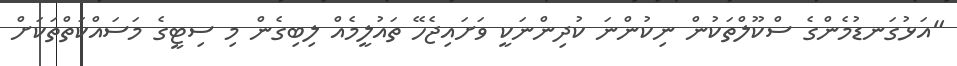
"އަޅުގަނޑުމެންގެ ސްކޫލްތަކުން ނިކުންނަ ކުދިންނަކީ ވަށައިޖެހޭ ތައުލީމެއް ލިބިގެން މި ސިޓީގެ މަސައްކަތްތަކަށް